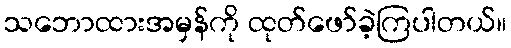
သဘောထားအမှန်ကို ထုတ်ဖော်ခဲ့ကြပါတယ်။